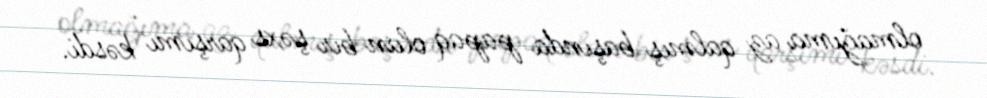
olmağıma az qalmış başında papaq olan bir şəxs qarşımı kəsdi.